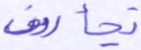
تجأرون